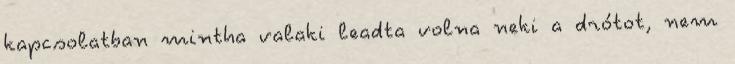
kapcsolatban mintha valaki leadta volna neki a drótot, nem